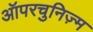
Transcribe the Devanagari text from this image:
ऑपरचुनिज़्म